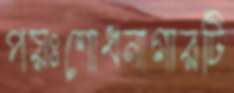
পয়ঃশোধনাগারটি